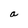
Character: a